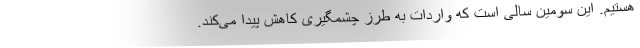
هستیم. این سومین سالی است که واردات به طرز چشمگیری کاهش پیدا می‌کند.